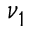
\nu _ { 1 }